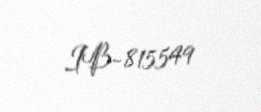
IB-815549